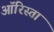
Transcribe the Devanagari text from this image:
ऑरिस्ता